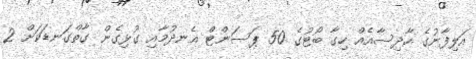
އަލިފާނުގެ ހާދިސާއެއް ހިގާ ބޯޓުގެ 50 ޕަސަންޓް އެނދުމާއި ގުޅިގެން ގާތްގަނޑަކަށް 2